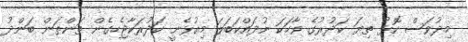
މިދުވަސް ކޮޅު ތިޔަ ކަދުރުގެ ވާހަކަ ނުދައްކަބަލަ މިއުޅެނީ ކަދުރަކާޖެހިގެން ތަންތަން ބަންދު